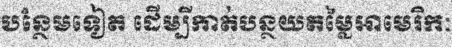
បន្ថែមទៀត ដើម្បីកាត់បន្ថយតម្លៃអាមេរិកៈ